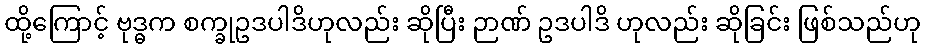
ထို့ကြောင့် ဗုဒ္ဓက စက္ခုဥဒပါဒိဟုလည်း ဆိုပြီး ဉာဏ် ဥဒပါဒိ ဟုလည်း ဆိုခြင်း ဖြစ်သည်ဟု